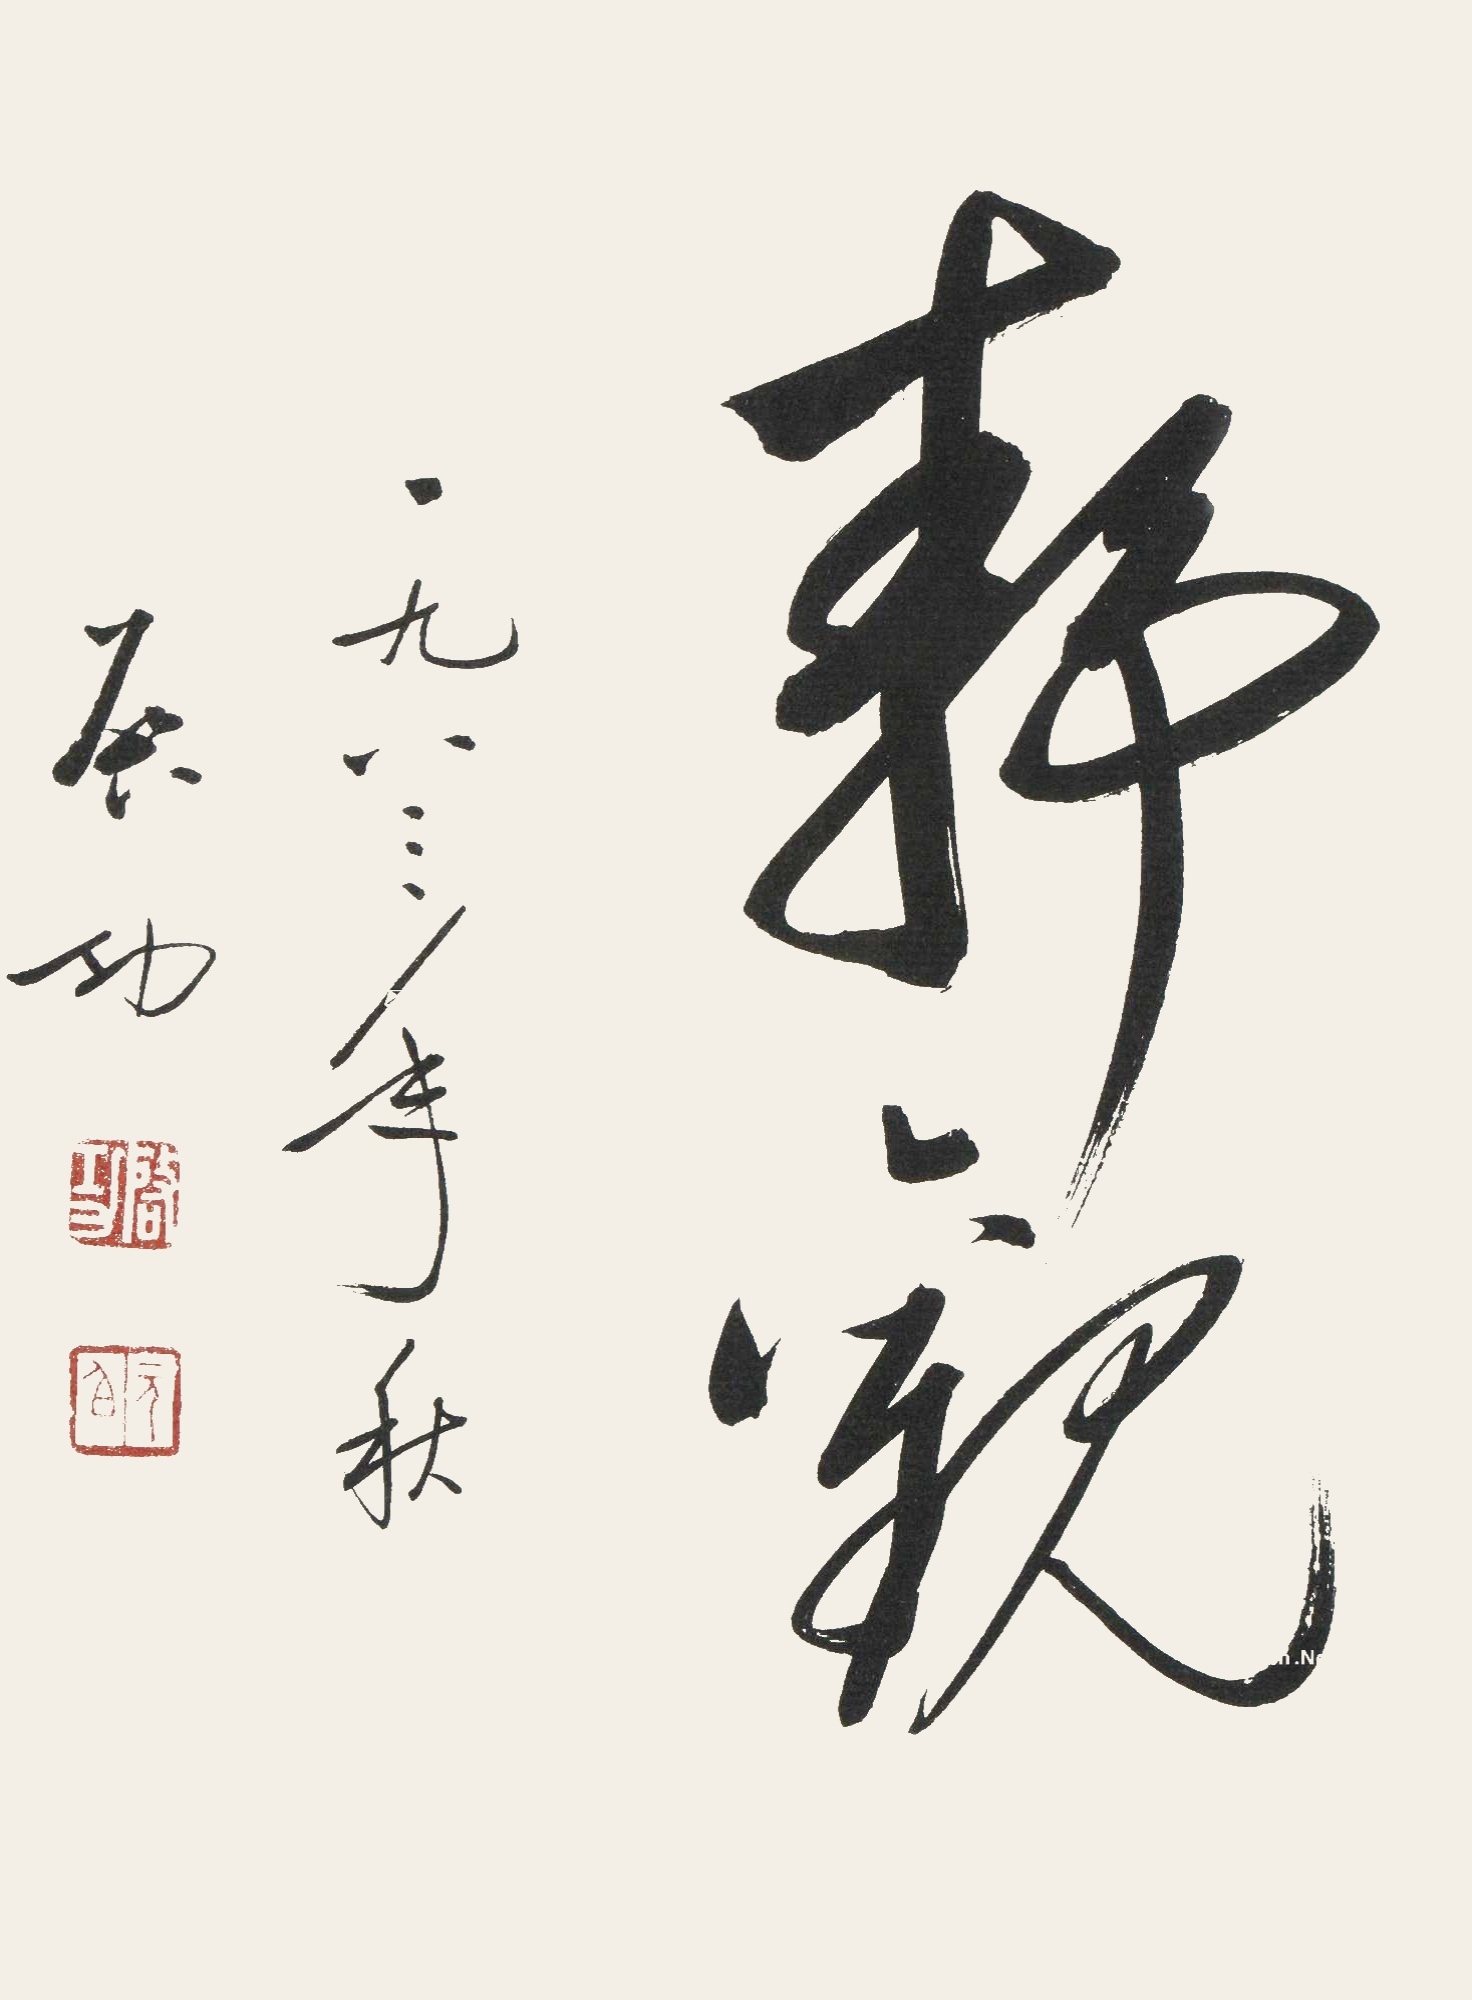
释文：静观一九八三年秋启功